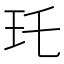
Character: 𤣯